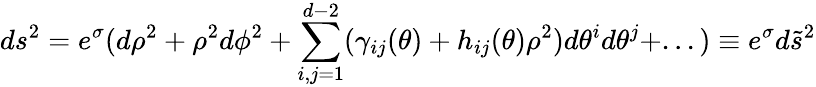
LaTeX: ds^{2}=e^{\sigma}(d\rho^{2}+\rho^{2}d\phi^{2}+\sum_{i,j=1}^{d-2}(\gamma_{ij}(\theta)+h_{ij}(\theta)\rho^{2})d\theta^{i}d\theta^{j}+...)\equiv e^{\sigma}d\tilde{s}^{2}